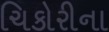
ચિકોરીના